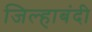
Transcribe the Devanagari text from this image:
जिल्हाबंदी